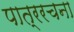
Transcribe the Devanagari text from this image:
पात्ररचना